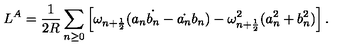
L ^ { A } = \frac { 1 } { 2 R } \sum _ { n \geq 0 } \left[ \omega _ { n + \frac { 1 } { 2 } } ( a _ { n } \dot { b _ { n } } - \dot { a _ { n } } b _ { n } ) - \omega _ { n + \frac { 1 } { 2 } } ^ { 2 } ( a _ { n } ^ { 2 } + b _ { n } ^ { 2 } ) \right] .